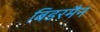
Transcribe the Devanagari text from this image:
बिडरमैन